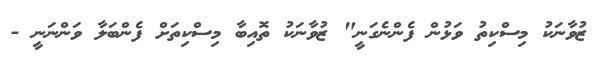
ޒުވާނަކު މިސްކިތު ވަޅުން ފެންނެގަނީ" ޒުވާނަކު ތޮއިބާ މިސްކިތަށް ފެންބަލާ ވަންނަނީ -